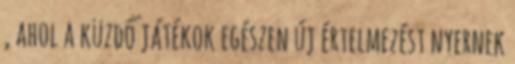
, ahol a küzdő játékok egészen új értelmezést nyernek